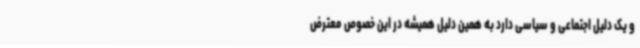
و یک دلیل اجتماعی و سیاسی دارد به همین دلیل همیشه در این خصوص معترض